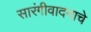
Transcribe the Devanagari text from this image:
सारंगीवादनाचे